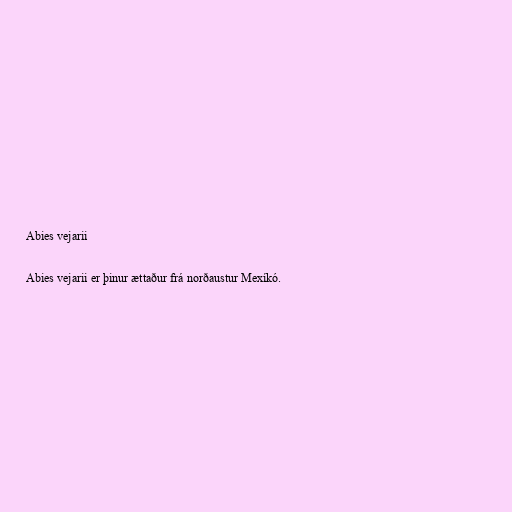
Abies vejarii

Abies vejarii er þinur ættaður frá norðaustur Mexíkó.